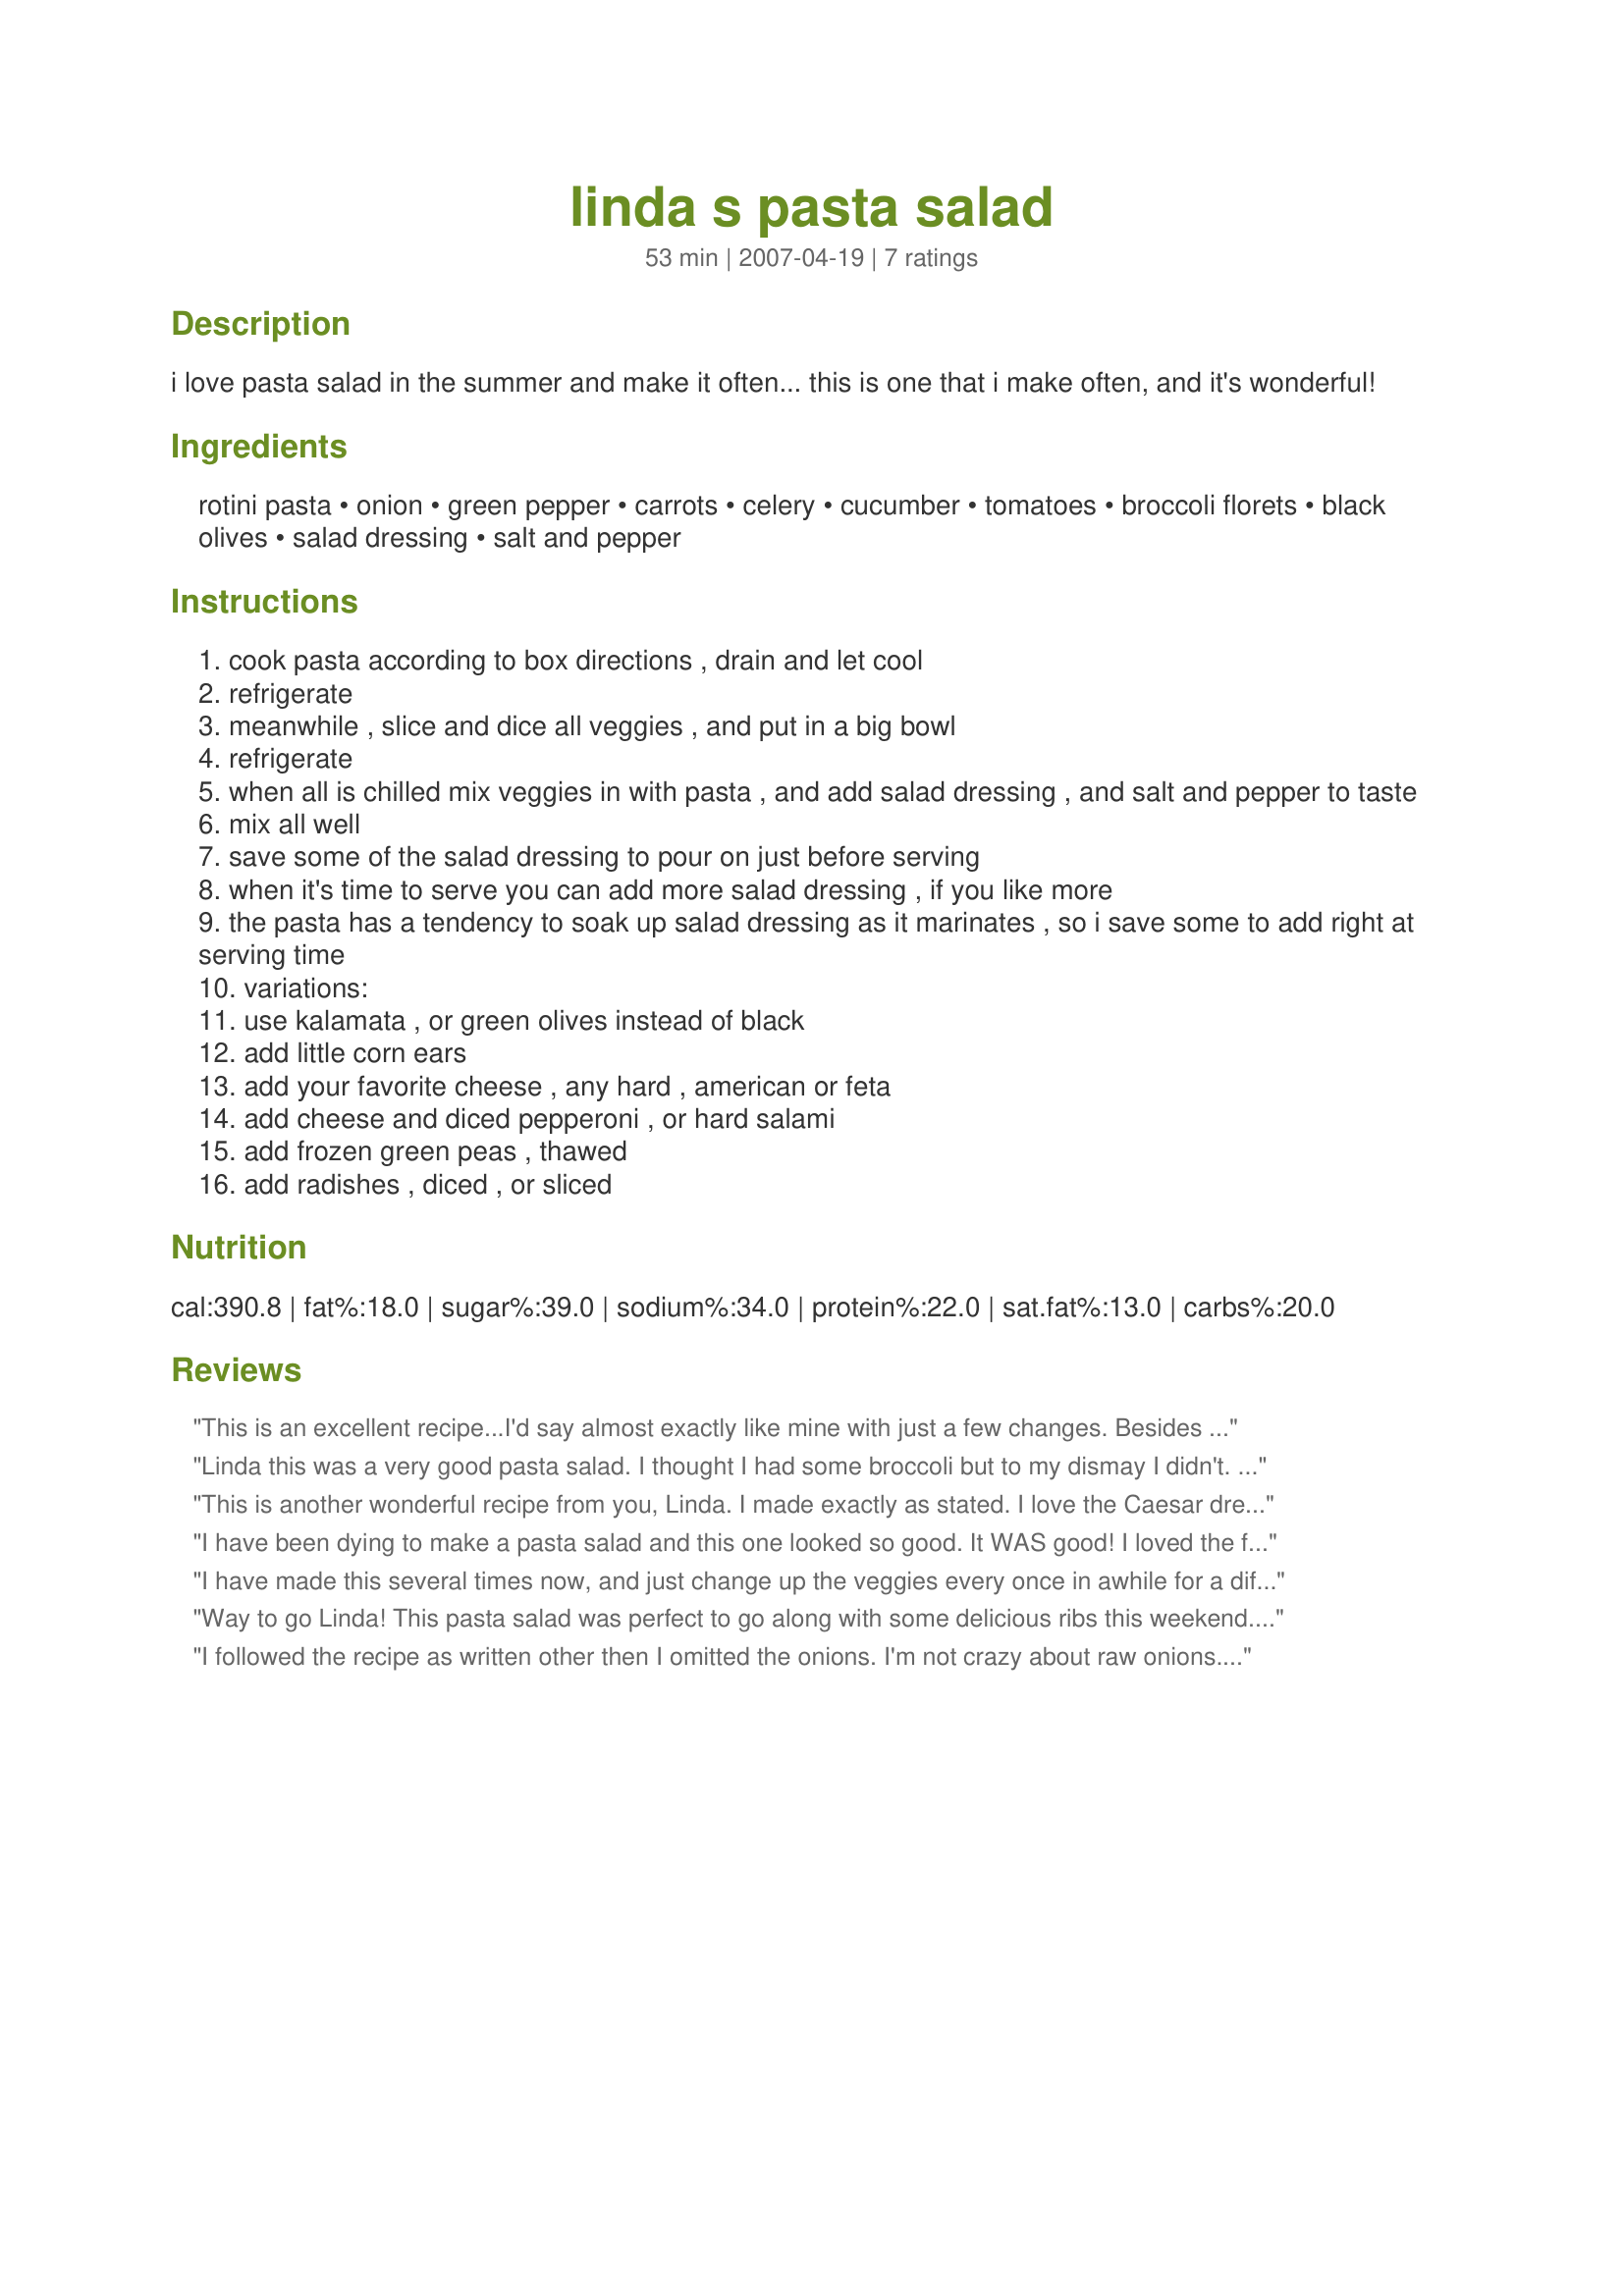
linda s pasta salad
Preparation time: 53 minutes

i love pasta salad in the summer and make it often... this is one that i make often, and it's wonderful!

Ingredients:
rotini pasta, onion, green pepper, carrots, celery, cucumber, tomatoes, broccoli florets, black olives, salad dressing, salt and pepper

Steps:
cook pasta according to box directions , drain and let cool
refrigerate
meanwhile , slice and dice all veggies , and put in a big bowl
refrigerate
when all is chilled mix veggies in with pasta , and add salad dressing , and salt and pepper to taste
mix all well
save some of the salad dressing to pour on just before serving
when it's time to serve you can add more salad dressing , if you like more
the pasta has a tendency to soak up salad dressing as it marinates , so i save some to add right at serving time
variations:
use kalamata , or green olives instead of black
add little corn ears
add your favorite cheese , any hard , american or feta
add cheese and diced pepperoni , or hard salami
add frozen green peas , thawed
add radishes , diced , or sliced

Reviews:
This is an excellent recipe...I'd say almost exactly like mine with just a few changes. Besides the salad dressing, I sprinkle in Salad Supreme. I add artichoke bottoms or hearts if I have them. I'd use whole olives, but small to medium. That way, if someone doesn't like them, they are easier to remove than halves or slices. (Never use chopped...they look like bugs.) Oh, and instead of chopped tomatoes, I'd use cherry or other small tomato...if you have leftovers, the tomatoes don't get soggy like cut-up ones do. Also, sliced radishes tend to stick together, so if you do a bit of a chop on them instead (like quarter them and then slice thickly), they will distribute better.
Linda this was a very good pasta salad. I thought I had some broccoli but to my dismay I didn't. I substituted summer squash and zucchini instead. For the dressing I used a combination of Italian and balsamic vinagerette. I also added fresh dill and celery seeds for some seasoning. I love that this lends it self as an open blanket to release your own creativity! I will make it again!
This is another wonderful recipe from you, Linda. I made exactly as stated. I love the Caesar dressing with this. It's a nice change from usual pasta salads. I will make again! Thanks for sharing.
I have been dying to make a pasta salad and this one looked so good. It WAS good! I loved the flavors of all the fresh veggies. It tasted especially good with the nice veggies now in the stores in my area. I used grape tomatoes and cut them in half, as they are nice and firm and easy to cut, not to mention the intense flavor and sweetness. I threw in some baby corns too and everyone was raving about it! My DH gave it 5 stars, and so did I! My company gave it 6 stars saying it's better than any they have had to date. This is an excellent pasta dish and one that can be used at any family or holiday gathering. Perfect for graduations too, and those are coming us soon! Thanks for sharing!
I have made this several times now, and just change up the veggies every once in awhile for a different taste. This last time I used onion, green peppers, tomatoes, green olives, broccoli, and Pepper Jack cheese. I used homemade Italian dressing and some fresh Parmesan cheese over the top before serving. Excellent!
~~~~~~~~I made this along with ribs and potato salad for dinner, and this salad was awesome! I used Christy's Greek Salad Dressing for the first time, and it has such great flavor! This has become our favorite pasta salad and the one I will be making from now on!
Way to go Linda! This pasta salad was perfect to go along with some delicious ribs this weekend. I had company and wanted to make something special. We were not disappointed as it this winner of a recipe! I made it exactly as the recipe indicates and used the Greek dressing, and the flavors were excellent! Into my keepers file it goes!
I followed the recipe as written other then I omitted the onions. I'm not crazy about raw onions. I used Zesty Italian dressing and we all enjoyed this. I also didn't add any salt or pepper.
